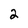
Character: 2